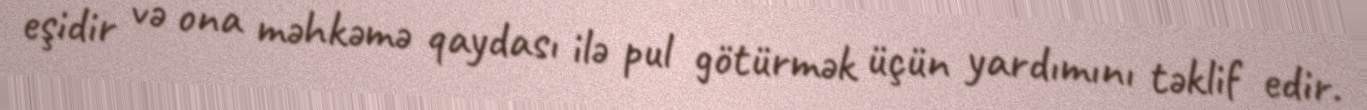
eşidir və ona məhkəmə qaydası ilə pul götürmək üçün yardımını təklif edir.